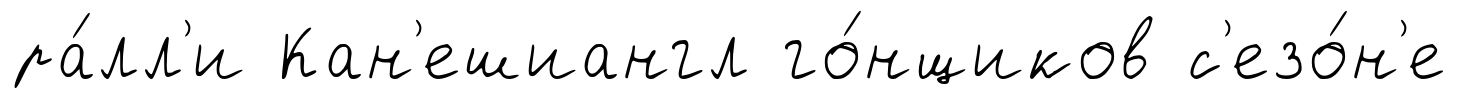
ра́лл'и Кан'ешиангл го́нщиков с'езо́н'е